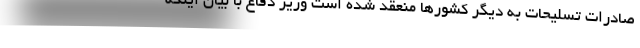
صادرات تسلیحات به دیگر کشورها منعقد شده است وزیر دفاع با بیان اینکه